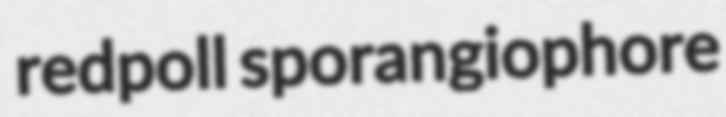
redpoll sporangiophore